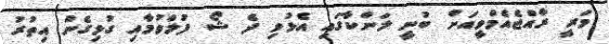
މަރީ ރާއްޖެއެމްވީއަށް ބުނީ ލަންކާގައި އެޅުވި ދެ ޝޯ ފުލްވުމާއި ގުޅިގެން އިތުރު